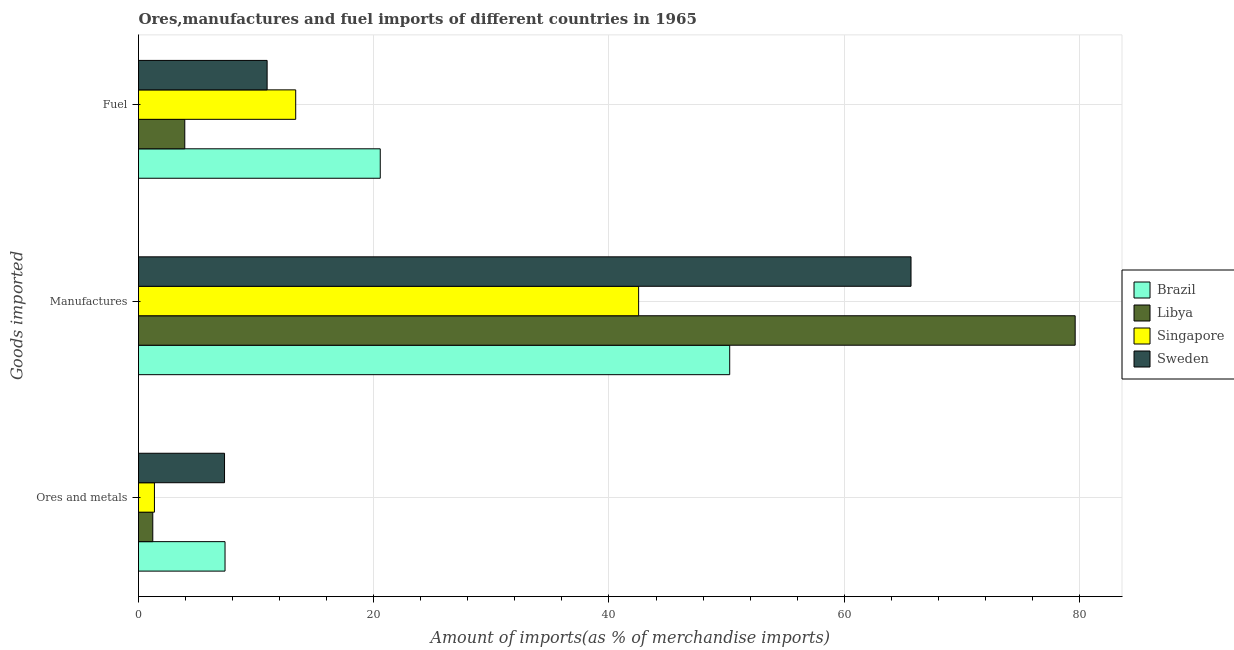
| Goods imported | Brazil | Libya | Singapore | Sweden |
 | --- | --- | --- | --- | --- |
 | Ores and metals | 7.36 | 1.21 | 1.35 | 7.31 |
 | Manufactures | 50.3 | 79.6 | 42.5 | 65.7 |
 | Fuel | 20.6 | 3.93 | 13.4 | 10.9 |